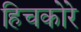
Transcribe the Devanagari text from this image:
हिचकोरे